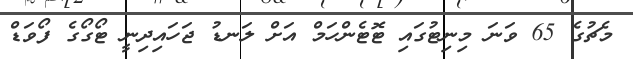
މެޗުގެ 65 ވަނަ މިނިޓުގައި ޓޮޓެންހަމް އަށް ލަނޑު ޖަހައިދިނީ ޓޯގޯގެ ފޯވަޑް